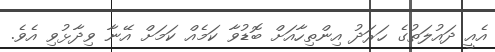
އެއީ ދައުލަތުގެ ހަރަދު އިންތިހާއަށް ބޮޑުވާ ކަމެއް ކަމަށް އޭނާ ވިދާޅުވި އެވެ.